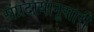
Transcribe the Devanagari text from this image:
संप्रदायानूसारी